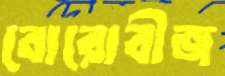
বোরোবীজ